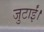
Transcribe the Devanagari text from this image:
जुटाईं।